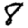
Digit: 8